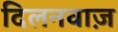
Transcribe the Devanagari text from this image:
दिलनवाज़